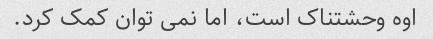
اوه وحشتناک است، اما نمی توان کمک کرد.